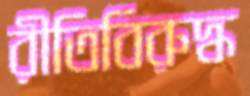
রীতিবিরুদ্ধ